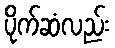
ပိုက်ဆံလည်း